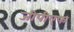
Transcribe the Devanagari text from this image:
जीपीएफ